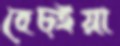
বেচ্ইয়া